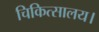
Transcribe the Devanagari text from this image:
चिकित्सालय।